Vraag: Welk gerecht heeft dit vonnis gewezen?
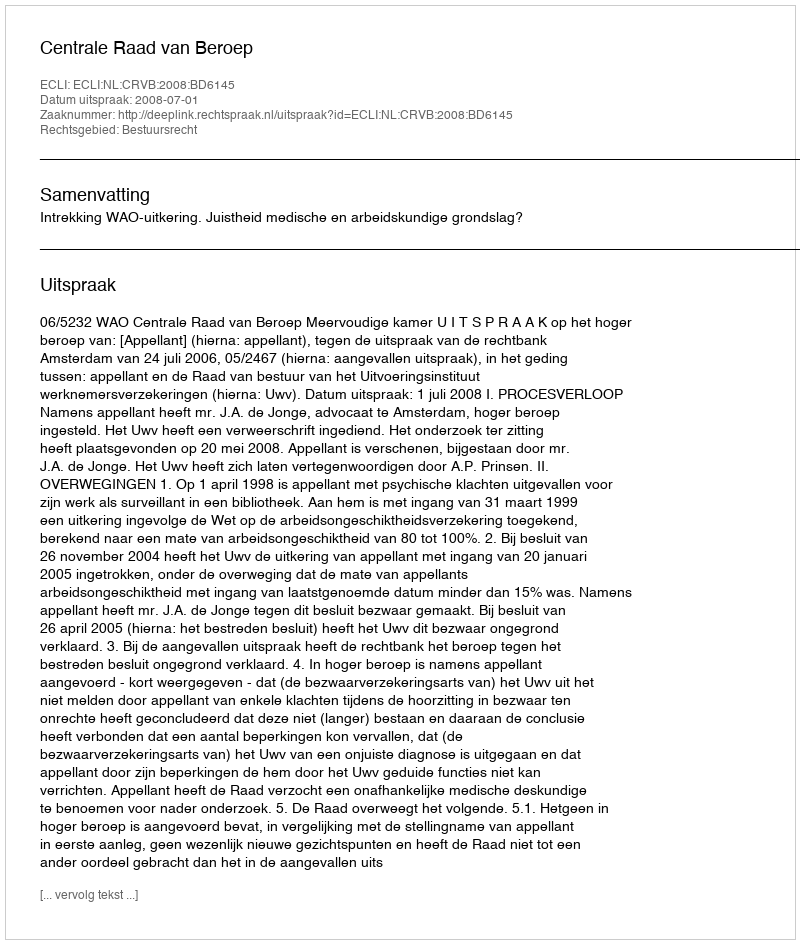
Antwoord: Centrale Raad van Beroep